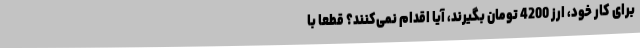
برای کار خود، ارز 4200 تومان بگیرند، آیا اقدام نمی‌کنند؟ قطعاً با